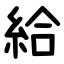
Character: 給